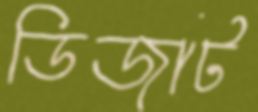
ডিজার্ট